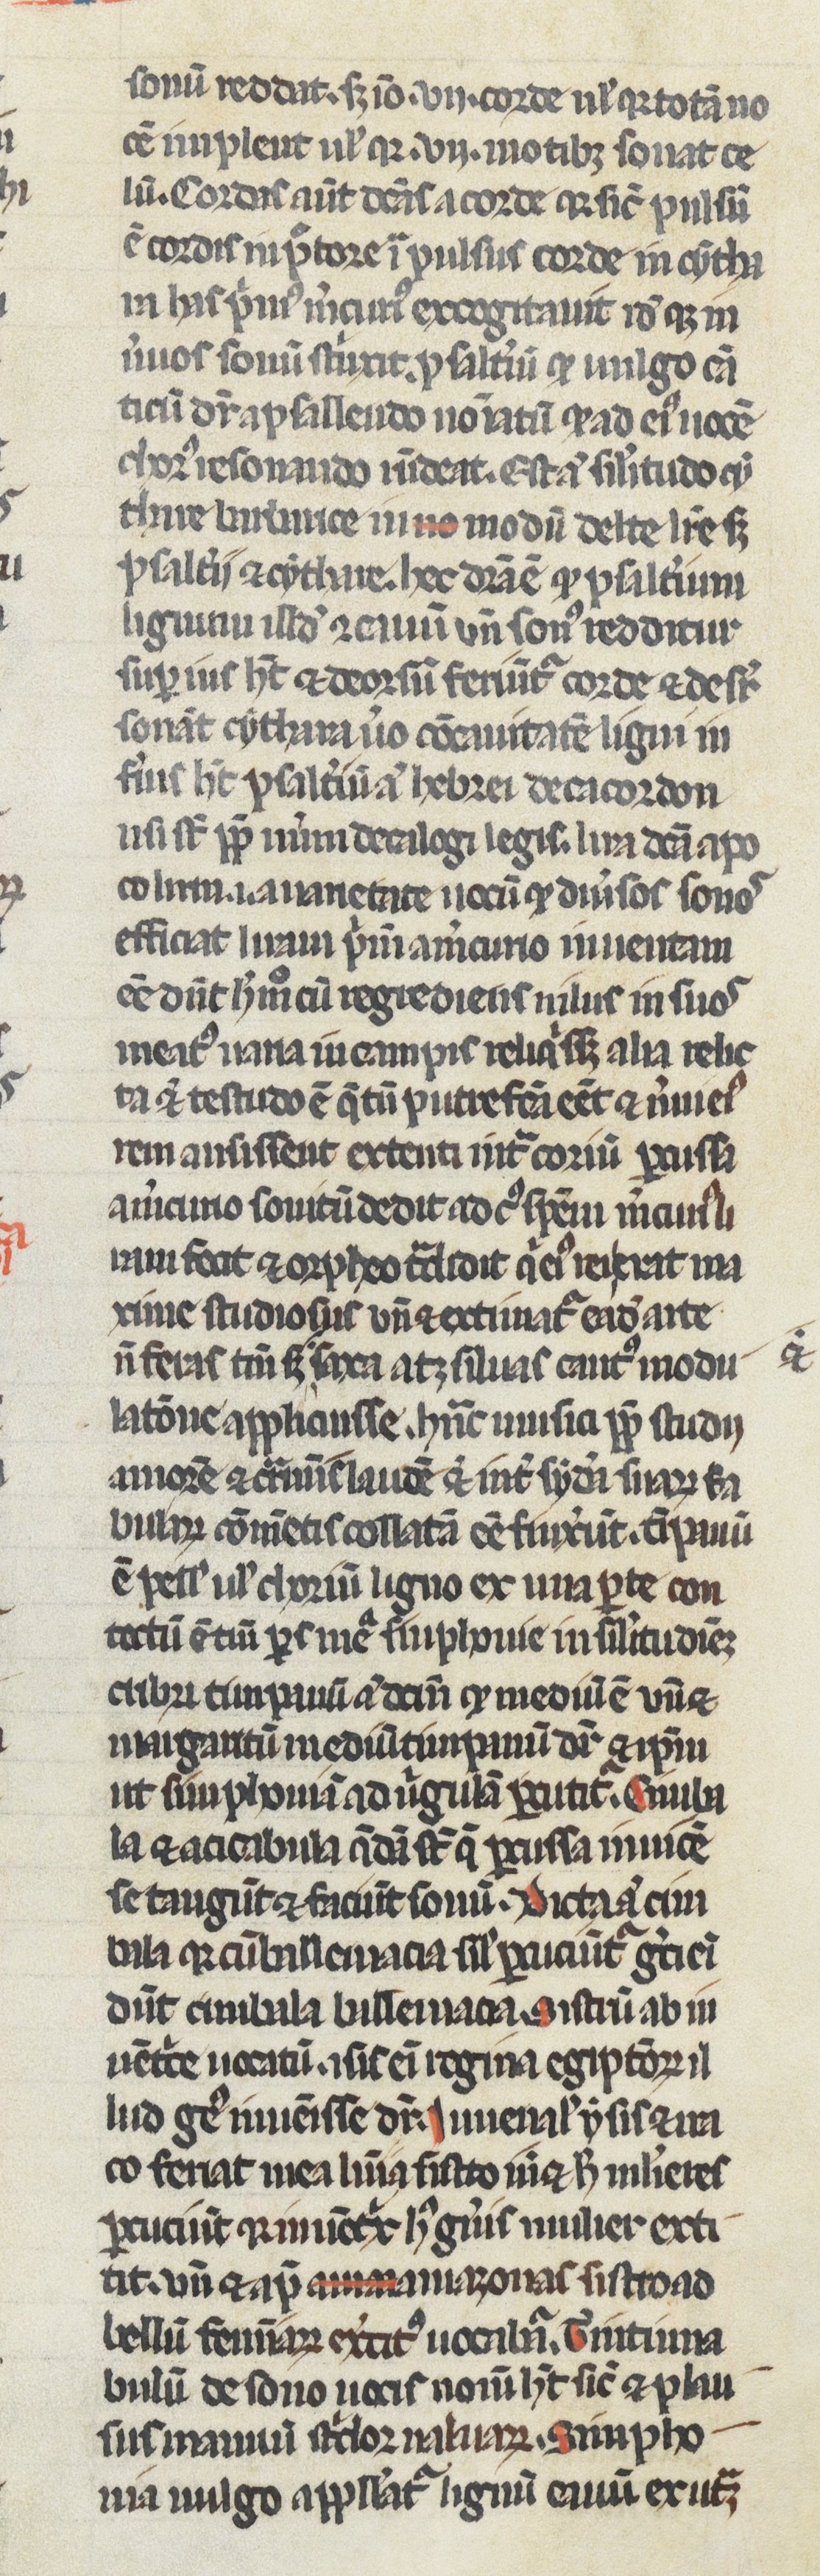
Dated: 1250–1299